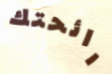
رائحتك